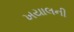
ખયાલની